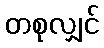
တစုလျှင်